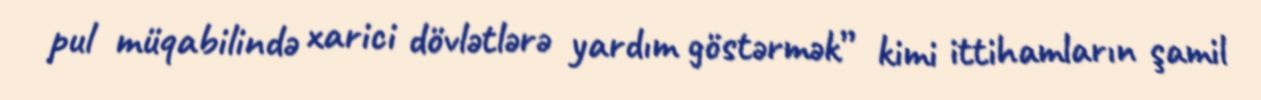
pul müqabilində xarici dövlətlərə yardım göstərmək” kimi ittihamların şamil